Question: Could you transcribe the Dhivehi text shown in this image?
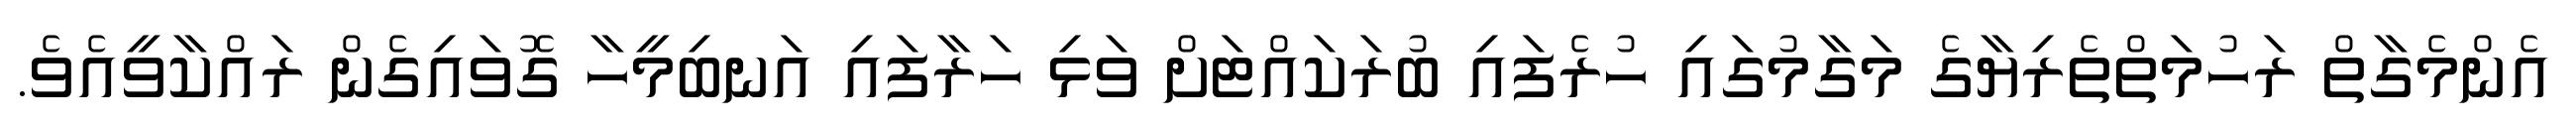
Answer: އެންމެގާތް ރަހުމަތްތެރިޔާގެ މަގާމުގައި ހުރެފައި ބުރަކައްޓަށް ވަޅި ހަރާފައި އަނބިމީހާ ގޮވައިގެން ރައްކާވީއެވެ.